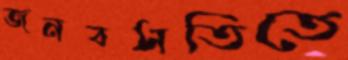
জনবসতিতে